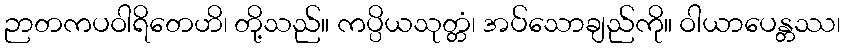
ဉာတကပဝါရိတေဟိ၊ တို့သည်။ ကပ္ပိယသုတ္တံ၊ အပ်သောချည်ကို။ ဝါယာပေန္တဿ၊